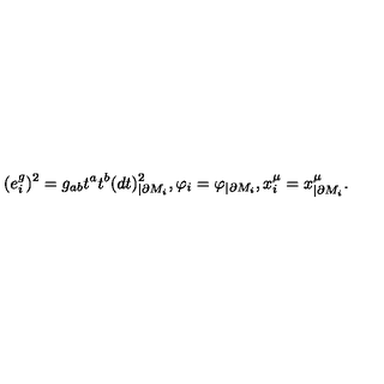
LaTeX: ( e _ { i } ^ { g } ) ^ { 2 } = g _ { a b } t ^ { a } t ^ { b } ( d t ) _ { | \partial M _ { i } } ^ { 2 } , \varphi _ { i } = \varphi _ { | \partial M _ { i } } , x _ { i } ^ { \mu } = x _ { | \partial M _ { i } } ^ { \mu } .